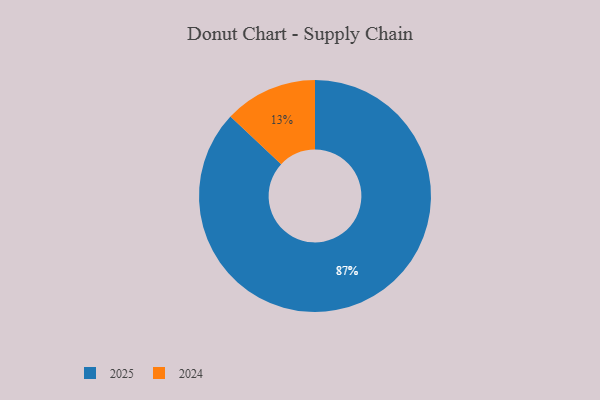
{"axis": {"x": "Category", "y": "Percentage"}, "legend": ["2024", "2025"], "data": [{"x": "2025", "y": 87, "type": "2025"}, {"x": "2024", "y": 13, "type": "2024"}]}